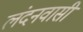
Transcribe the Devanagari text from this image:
लंदनवासी